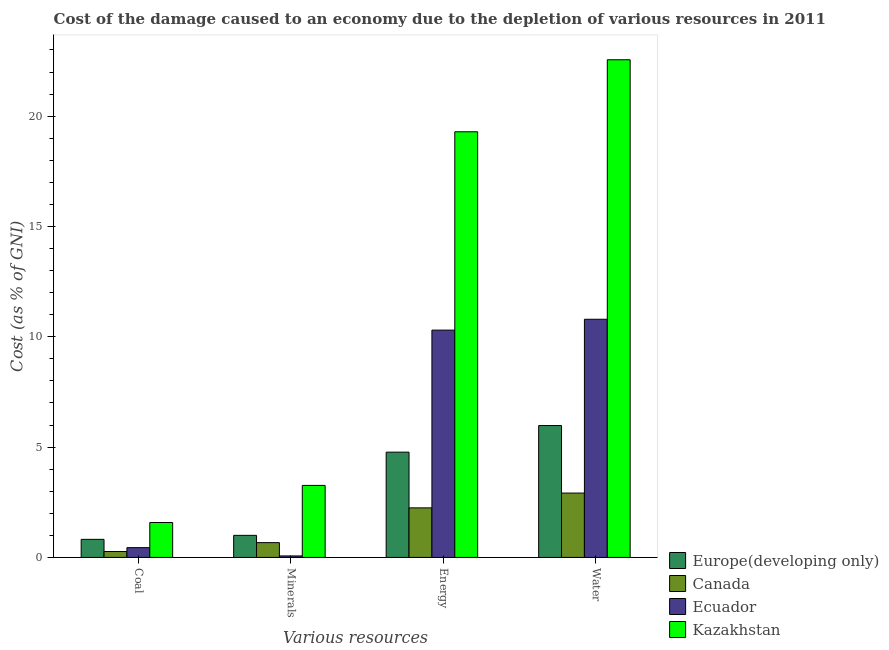
| Various resources | Europe(developing only) | Canada | Ecuador | Kazakhstan |
 | --- | --- | --- | --- | --- |
 | Coal | 0.82 | 0.268 | 0.444 | 1.58 |
 | Minerals | 1 | 0.671 | 0.0676 | 3.26 |
 | Energy | 4.77 | 2.25 | 10.3 | 19.3 |
 | Water | 5.98 | 2.92 | 10.8 | 22.6 |